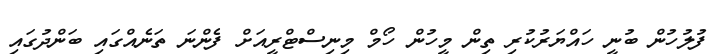
ފުލުހުން ބުނީ ހައްޔަރުކުރި ތިން މީހުން ހޯމް މިނިސްޓްރީއަށް ފެންނަ ތަނެއްގައި ބަންދުގައި